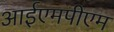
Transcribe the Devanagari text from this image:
आईएमपीएम